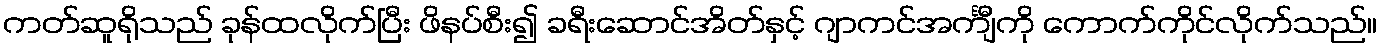
ကတ်ဆူရိုသည် ခုန်ထလိုက်ပြီး ဖိနပ်စီး၍ ခရီးဆောင်အိတ်နှင့် ဂျာကင်အင်္ကျီကို ကောက်ကိုင်လိုက်သည်။